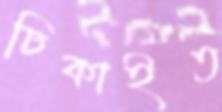
ঢিকাইত